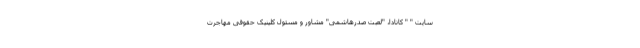
سایت " " کانادا، "لعبت صدرهاشمی" مشاور و مسئول کلینیک حقوقی مهاجرت